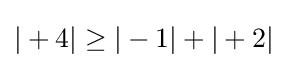
|+4|\geq |-1|+|+2|